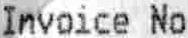
INVOICE NO